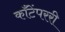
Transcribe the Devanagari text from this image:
काँटेंपररी